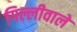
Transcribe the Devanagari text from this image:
गिल्लीवाले